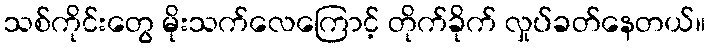
သစ်ကိုင်းတွေ မိုးသက်လေကြောင့် တိုက်ခိုက် လှုပ်ခတ်နေတယ်။